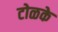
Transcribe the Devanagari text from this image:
टोळके